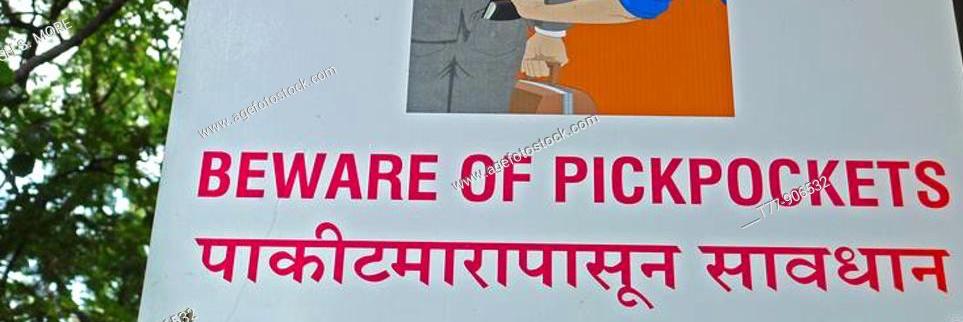
Language: marathi
Transcription: पाकिटमारापासून सावधान